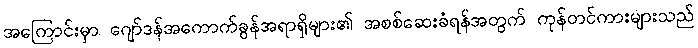
အကြောင်းမှာ ဂျော်ဒန်အကောက်ခွန်အရာရှိများ၏ အစစ်ဆေးခံရန်အတွက် ကုန်တင်ကားများသည်